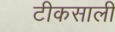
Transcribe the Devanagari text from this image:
टीकसाली